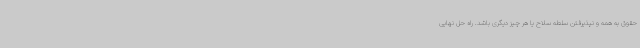
حقوق به همه و نپذیرفتن سلطه سلاح یا هر چیز دیگری باشد. راه حل نهایی